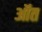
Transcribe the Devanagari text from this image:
ऑत